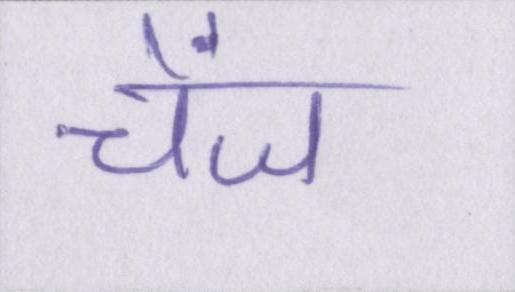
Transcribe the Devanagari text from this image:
चेंज